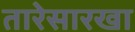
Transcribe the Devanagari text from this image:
तारेसारखा